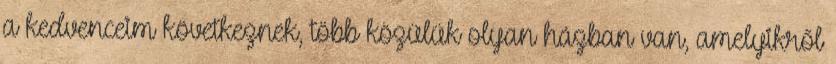
a kedvenceim következnek, több közülük olyan házban van, amelyikről